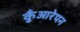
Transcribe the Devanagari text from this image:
कुँआरेपन